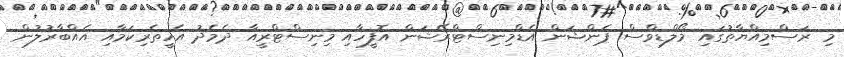
މި ރަސްމިއްޔާތުގައި މޯލްޑިވްސް ޕެންޝަން އެޑްމިނިސްޓްރޭޝަން އޮފީހާއި މިނިސްޓްރީއާ ދެމެދު އެހީތެރިކަމާއި އެއްބާރުލުން